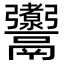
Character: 𩱰